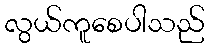
လွယ်ကူစေပါသည်